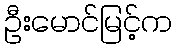
ဦးမောင်မြင့်က